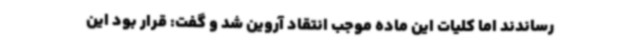
رساندند اما کلیات این ماده موجب انتقاد آروین شد و گفت: قرار بود این